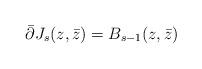
LaTeX: \begin{align*}\bar \partial J_s(z,\bar z) =B_{s-1}(z,\bar z)\end{align*}